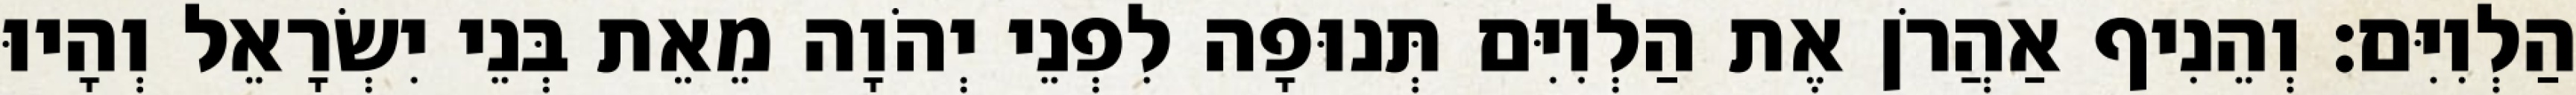
הַלְוִיִּם׃ וְהֵנִיף אַהֲרֹן אֶת הַלְוִיִּם תְּנוּפָה לִפְנֵי יְהֹוָה מֵאֵת בְּנֵי יִשְׂרָאֵל וְהָיוּ